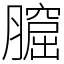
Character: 𦡆